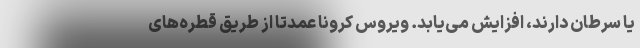
یا سرطان دارند، افزایش می‌یابد. ویروس کرونا عمدتا از طریق قطره‌های